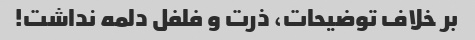
بر خلاف توضیحات، ذرت و فلفل دلمه نداشت!